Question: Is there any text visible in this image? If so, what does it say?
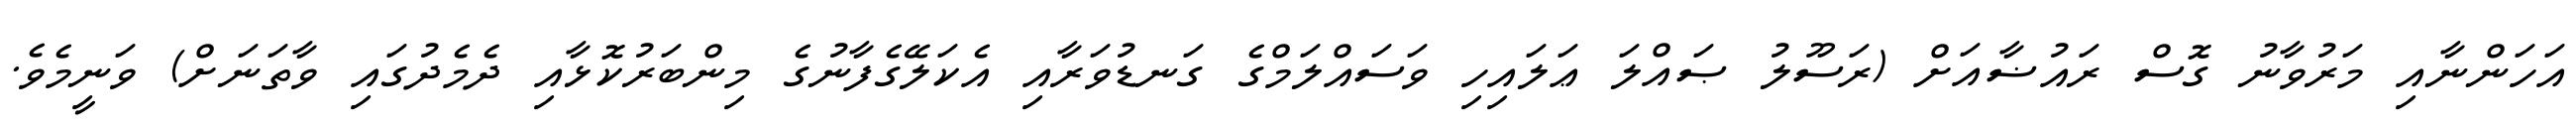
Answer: އަހަންނާއި މަރުވާނު ގޮސް ރައުޟާއަށް (ރަސޫލު ޞައްލަ ޢަލައިހި ވަސައްލަމްގެ ގަނޑުވަރާއި އެކަލޭގެފާނުގެ މިންބަރުކޮޅާއި ދެމެދުގައި ވާތަނަށް) ވަނީމެވެ.